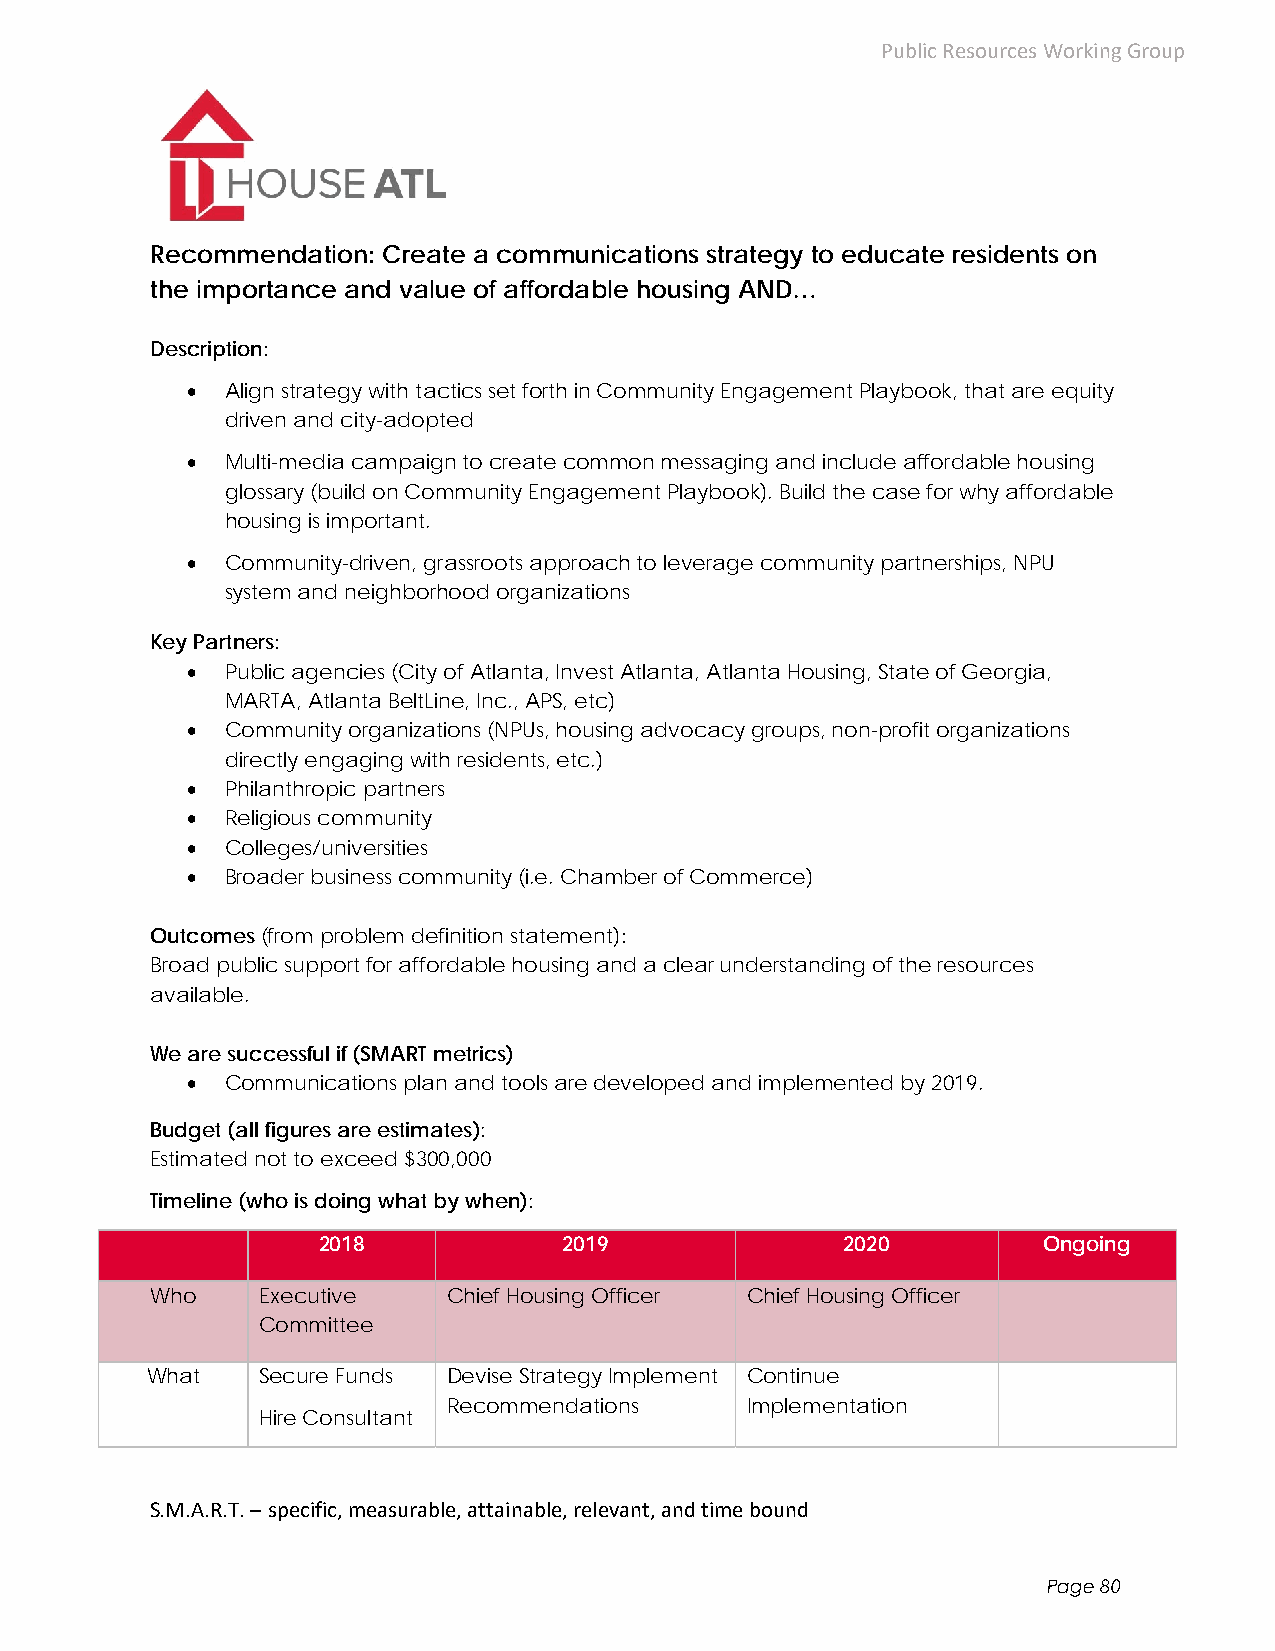
Public Resources Working Group
 Recommendation: Create a communications strategy to educate residents on
 the importance and value of affordable housing AND…
 Description:
   Align strategy with tactics set forth in Community Engagement Playbook, that are equity
 driven and city-adopted
   Multi-media campaign to create common messaging and include affordable housing
 glossary (build on Community Engagement Playbook). Build the case for why affordable
 housing is important.
   Community-driven, grassroots approach to leverage community partnerships, NPU
 system and neighborhood organizations
 Key Partners:
   Public agencies (City of Atlanta, Invest Atlanta, Atlanta Housing, State of Georgia,
 MARTA, Atlanta BeltLine, Inc., APS, etc)
   Community organizations (NPUs, housing advocacy groups, non-profit organizations
 directly engaging with residents, etc.)
   Philanthropic partners
   Religious community
   Colleges/universities
   Broader business community (i.e. Chamber of Commerce)
 Outcomes (from problem definition statement):
 Broad public support for affordable housing and a clear understanding of the resources
 available.
 We are successful if (SMART metrics)
   Communications plan and tools are developed and implemented by 2019.
 Budget (all figures are estimates):
 Estimated not to exceed $300,000
 Timeline (who is doing what by when):
 2018            2019               2020         Ongoing
 Who    Executive    Chief Housing Officer Chief Housing Officer
 Committee
 What   Secure Funds Devise Strategy Implement Continue
 Recommendations    Implementation
 Hire Consultant
 S.M.A.R.T. – specific, measurable, attainable, relevant, and time bound
 Page 80